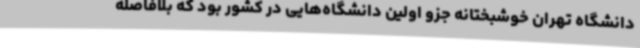
دانشگاه تهران خوشبختانه جزو اولین دانشگاه‌هایی در کشور بود که بلافاصله